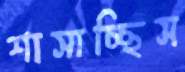
শাসাচ্ছিস